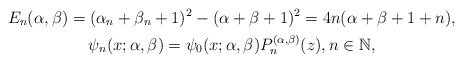
\begin{gather*}E_{n}( \alpha ,\beta ) =(\alpha _{n}+\beta _{n}+1)^{2}-(\alpha +\beta +1)^{2}=4n(\alpha +\beta +1+n), \\ \psi _{n}( x;\alpha ,\beta ) =\psi _{0}( x;\alpha ,\beta ) P_{n}^{( \alpha ,\beta ) }(z), n\in \mathbb{N}, \end{gather*}